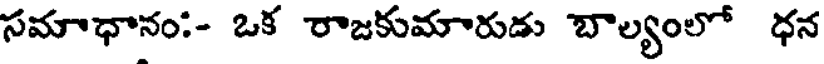
సమాధానం:- ఒక రాజకుమారుడు బాల్యంలో ధన